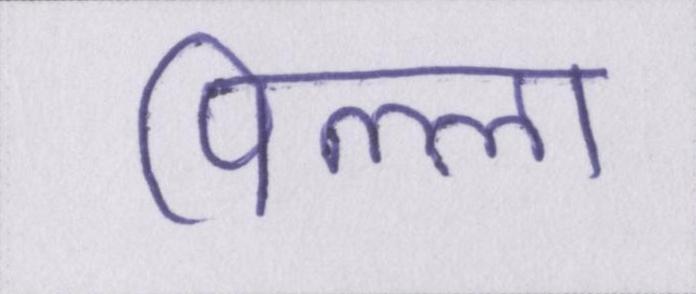
पिल्ला